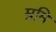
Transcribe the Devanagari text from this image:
म्रमि